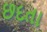
છદતા